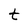
Character: t